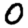
Digit: 0